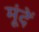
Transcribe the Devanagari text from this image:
मूंदें